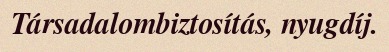
Társadalombiztosítás, nyugdíj.